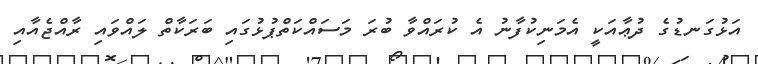
އަޅުގަނޑުގެ ދުޢާއަކީ އެމަނިކުފާނު އެ ކުރައްވާ ބުރަ މަސައްކަތްޕުޅުގައި ބަރަކާތް ލައްވައި ރާއްޖެއާއި